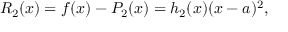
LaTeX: R _ { 2 } ( x ) = f ( x ) - P _ { 2 } ( x ) = h _ { 2 } ( x ) ( x - a ) ^ { 2 } ,